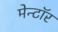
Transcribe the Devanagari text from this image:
मेन्टॉर